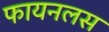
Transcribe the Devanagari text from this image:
फायनलस